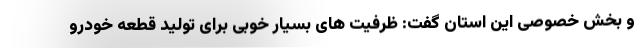
و بخش خصوصی این استان گفت: ظرفیت های بسیار خوبی برای تولید قطعه خودرو